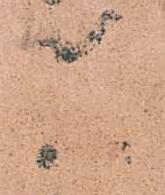
兵